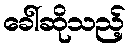
ခေါ်ဆိုသည့်